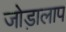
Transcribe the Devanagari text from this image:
जोड़ालाप